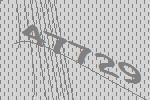
47729